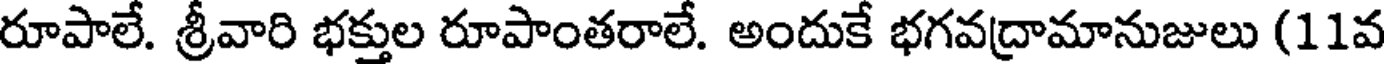
రూపాలే. శ్రీవారి భక్తుల రూపాంతరాలే. అందుకే భగవద్రామానుజులు (11వ